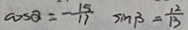
\cos \alpha = - \frac { 1 5 } { 1 7 } \sin \beta = \frac { 1 2 } { 1 3 }